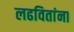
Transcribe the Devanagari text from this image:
लढवितांना